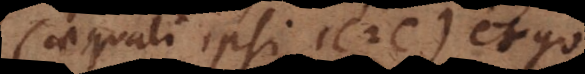
(aequali ipsi C C) ergo